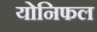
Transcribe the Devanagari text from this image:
योनिफल